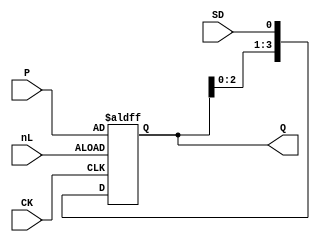
// Fujitsu AV cell
// 4-bit Shift Register With Asynchronous Load
// furrtek 2022

`timescale 1ns/100ps

module FS3(
	input CK,
	input [3:0] P,
	input SD, nL,
	output reg [3:0] Q = 4'd0
);
	
	always @(posedge CK, negedge nL) begin
		if (!nL)
			Q <= #2 P;					// Load tmax = 8.1ns
		else
			Q <= #1 {Q[2:0], SD};	// Shift tmax = 6.1ns
	end

endmodule